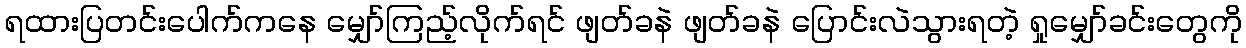
ရထားပြတင်းပေါက်ကနေ မျှော်ကြည့်လိုက်ရင် ဖျတ်ခနဲ ဖျတ်ခနဲ ပြောင်းလဲသွားရတဲ့ ရှုမျှော်ခင်းတွေကို